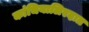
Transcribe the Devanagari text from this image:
कांचियालिरदात